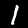
Label: 1